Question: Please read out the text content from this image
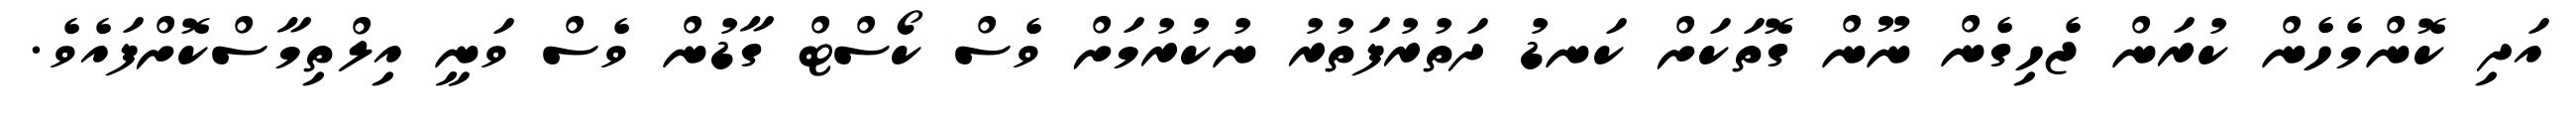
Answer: އަދި ކޮންމެހެން ކުރަން ޖެހިގެން ނޫން ގޮތަކަށް ކަނޑު ދަތުރުފަތުރު ނުކުރުމަށް ވެސް ކޯސްޓް ގާޑުން ވެސް ވަނީ އިލްތިމާސްކޮށްފައެވެ.